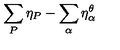
\sum _ { P } \eta _ { P } - \sum _ { \alpha } \eta _ { \alpha } ^ { \theta }